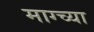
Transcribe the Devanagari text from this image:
माग्च्या